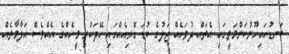
ބަނޑުހައިހޫނުކަންމަތީގައި އެތައް ދުވަހެއް ޖަލުގެ ކުޑަ ގޮޅިއެއްގައި ހޭދަކުރި މީހެއްގެ އެއްވެސް އަލާމާތެއް